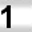
Digit: 1